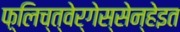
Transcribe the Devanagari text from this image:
फ़्लिच्त्वेर्गेस्सेन्हेइत